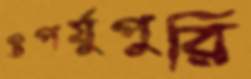
উপর্যুপুরি